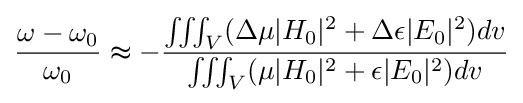
{\frac {\omega -\omega _{0}}{\omega _{0}}}\thickapprox -{\frac {\iiint _{V}(\Delta \mu |H_{0}|^{2}+\Delta \epsilon |E_{0}|^{2})dv}{\iiint _{V}(\mu |H_{0}|^{2}+\epsilon |E_{0}|^{2})dv}}